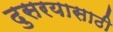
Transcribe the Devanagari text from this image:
दुसरयासाठी